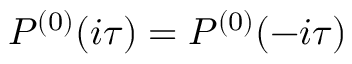
P ^ { ( 0 ) } ( i \tau ) = P ^ { ( 0 ) } ( - i \tau )